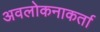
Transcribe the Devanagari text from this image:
अवलोकनाकर्ता